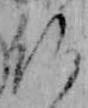
仏